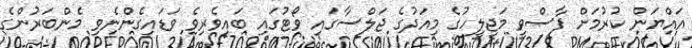
އައްޔަން ކުރުމަށް ފާސްވީ މަޖިލީހުގެ މިއަދުގެ ޖަލްސާގައި ވޯޓުގައި ބައިވެރިވެ ވަޑައިގެންނެވި މެންބަރުންގެ